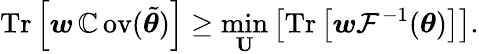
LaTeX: \operatorname{Tr}\left[\boldsymbol{w}\operatorname{\mathbb{C}ov}(\tilde{{\boldsymbol{\theta}}})\right]\geq\operatorname*{min}_{\mathbf{{U}}}\left[\operatorname{Tr}\left[\boldsymbol{w}\mathcal{{F}}^{-1}(\boldsymbol{\theta})\right]\right].